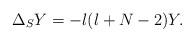
LaTeX: \begin{align*}\Delta_S Y=-l(l+N-2)Y.\end{align*}